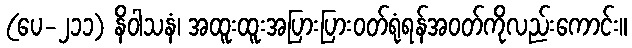
(ပေ-၂၁၁) နိဝါသနံ၊ အထူးထူးအပြားပြားဝတ်ရုံရန်အဝတ်ကိုလည်းကောင်း။